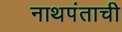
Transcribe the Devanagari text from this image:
नाथपंताची